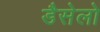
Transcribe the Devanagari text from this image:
डैसेलो